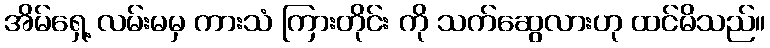
အိမ်ရှေ့ လမ်းမမှ ကားသံ ကြားတိုင်း ကို သက်ဆွေလားဟု ထင်မိသည်။